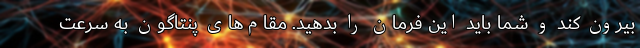
بیرون کند و شما باید این فرمان را بدهید. مقام‌های پنتاگون به سرعت